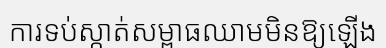
ការទប់ស្កាត់សម្ពាធឈាមមិនឱ្យឡើង